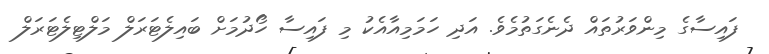
ފައިސާގެ މިންވަރުތައް ދެނެގަތުމެވެ. އަދި ހަމަމިއާއެކު މި ފައިސާ ހޯދުމަށް ބައިލެޓަރަލް މަލްޓިލެޓަރަލް